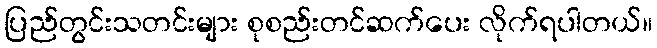
ပြည်တွင်းသတင်းများ စုစည်းတင်ဆက်ပေး လိုက်ရပါတယ်။